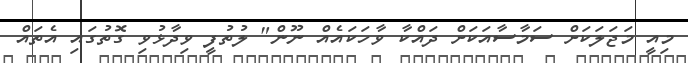
މިއީ މަޖަލަކަށް ސަމާސާއަކަށް ދައްކާ ވާހަކައެއް ނޫން" ލުތުފީ ވިދާޅުވި ގޮތުގައި އެތައް